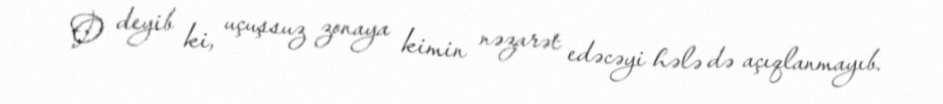
O deyib ki, uçuşsuz zonaya kimin nəzarət edəcəyi hələ də açıqlanmayıb.